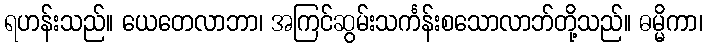
ရဟန်းသည်။ ယေတေလာဘာ၊ အကြင်ဆွမ်းသင်္ကန်းစသောလာဘ်တို့သည်။ ဓမ္မိကာ၊